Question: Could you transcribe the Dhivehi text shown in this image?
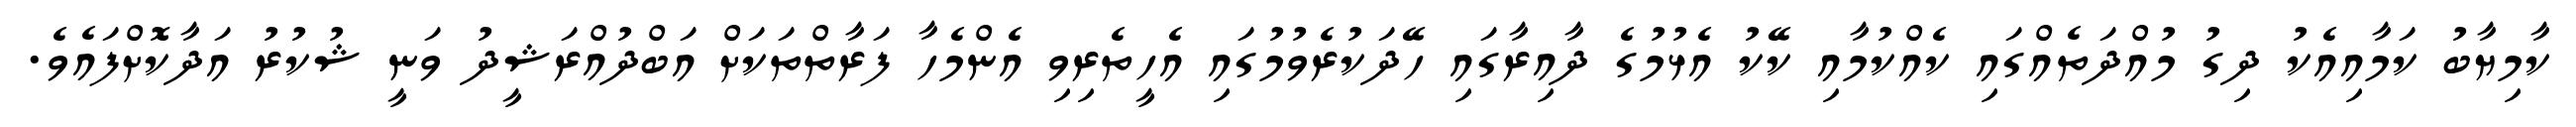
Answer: ކާމިޔާބު ކަމާއިއެކު ދިގު މުއްދަތެއްގައި ކެއްކުމާއި ކޭކު އެޅުމުގެ ދާއިރާގައި ހޭދަކުރެވުމުގައި އެހީތެރިވި އެންމެހާ ފަރާތްތަކަށް އަބްދުއްރަޝީދު ވަނީ ޝުކުރު އަދާކޮށްފައެވެ.